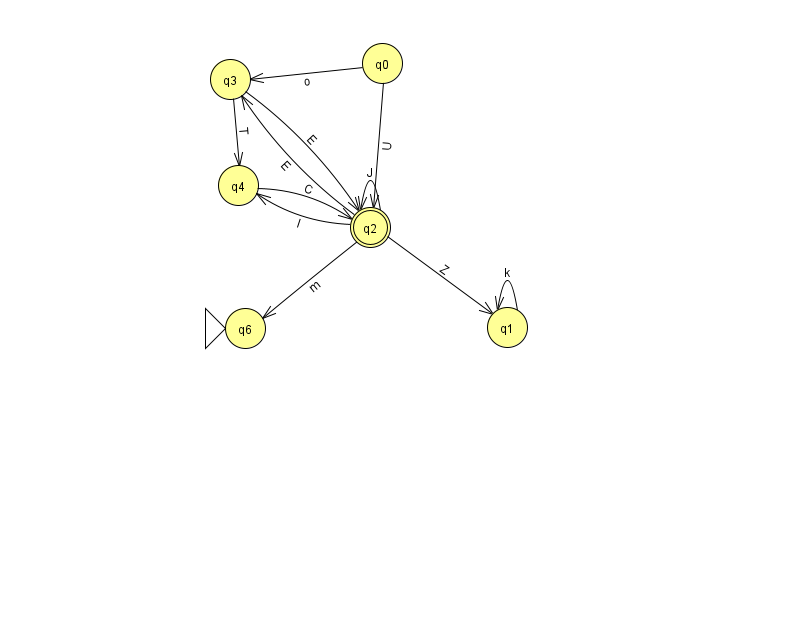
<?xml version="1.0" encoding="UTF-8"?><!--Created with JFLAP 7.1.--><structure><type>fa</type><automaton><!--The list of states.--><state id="0" name="q0"><x>382.0</x><y>50.0</y></state><state id="1" name="q1"><x>507.0</x><y>314.0</y></state><state id="2" name="q2"><x>370.0</x><y>214.0</y><final/></state><state id="3" name="q3"><x>230.0</x><y>66.0</y></state><state id="4" name="q4"><x>238.0</x><y>172.0</y></state><state id="6" name="q6"><x>245.0</x><y>315.0</y><initial/></state><!--The list of transitions.--><transition><from>4</from><to>2</to><read>C</read></transition><transition><from>0</from><to>3</to><read>o</read></transition><transition><from>0</from><to>2</to><read>U</read></transition><transition><from>2</from><to>1</to><read>Z</read></transition><transition><from>2</from><to>2</to><read>J</read></transition><transition><from>1</from><to>1</to><read>k</read></transition><transition><from>2</from><to>3</to><read>E</read></transition><transition><from>2</from><to>6</to><read>m</read></transition><transition><from>3</from><to>2</to><read>E</read></transition><transition><from>3</from><to>4</to><read>T</read></transition><transition><from>2</from><to>4</to><read>l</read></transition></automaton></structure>